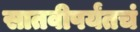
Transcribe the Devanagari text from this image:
सातवीपर्यंतचं